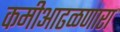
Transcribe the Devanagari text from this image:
कमीआढळणारा